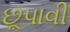
છૂપાવી